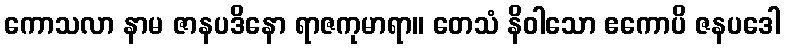
ကောသလာ နာမ ဇာနပဒိနော ရာဇကုမာရာ။ တေသံ နိဝါသော ဧကောပိ ဇနပဒေါ